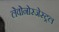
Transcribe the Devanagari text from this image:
लेवोनोरजेस्ट्रल